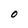
Character: O